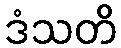
ဒံသတိ